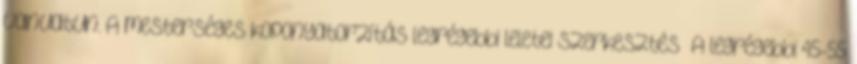
Vanuatun. A mesterséges koponyatorzítás legrégebbi leletei szerkesztés A legrégebbi 45-55